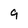
Character: 9